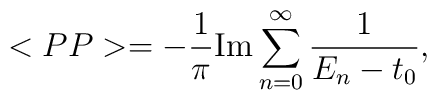
<PP> = -\frac{1}{\pi } {\rm Im} \sum _{n=0}^{\infty} \frac{1}{E_{n} - t_{0}},